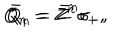
LaTeX: Q _ { n } = Z ^ { n } \sigma _ { + } , \hspace { 2 c m } \bar { Q } _ { n } = \bar { Z } ^ { n } \sigma _ { - } ,